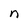
Character: n